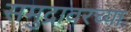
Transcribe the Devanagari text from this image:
समुद्रावरच्या